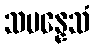
သမန္နေသံ